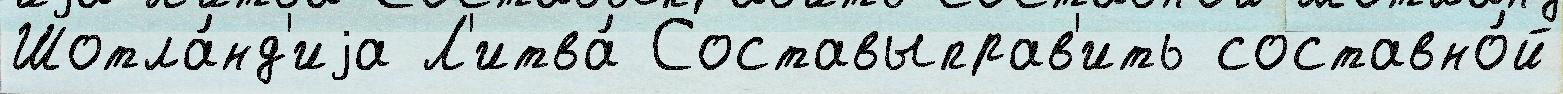
Шотла́нд'иjа Л'итва́ Составыправ'ить составно́й